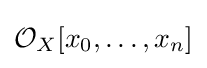
{\mathcal {O}}_{X}[x_{0},\ldots ,x_{n}]